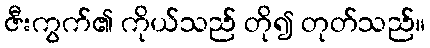
ဇီးကွက်၏ ကိုယ်သည် တို၍ တုတ်သည်။